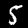
Label: 5